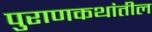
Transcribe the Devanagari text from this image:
पुराणकथांतील